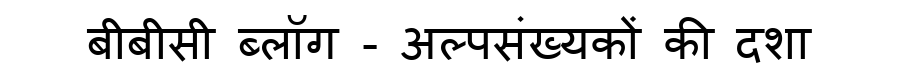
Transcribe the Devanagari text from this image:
बीबीसी ब्लॉग - अल्पसंख्यकों की दशा